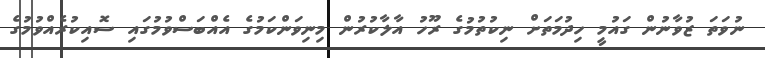
ނުވަތަ ޒުވާނުން ގައުމީ ހިދުމަތަށް ނިކުތުމުގެ ރޫހު އާލާކުރުން މިނިވަންކަމުގެ އެއްބަސްވުމުގައި ސޮއިކުރެއްވުމުގެ